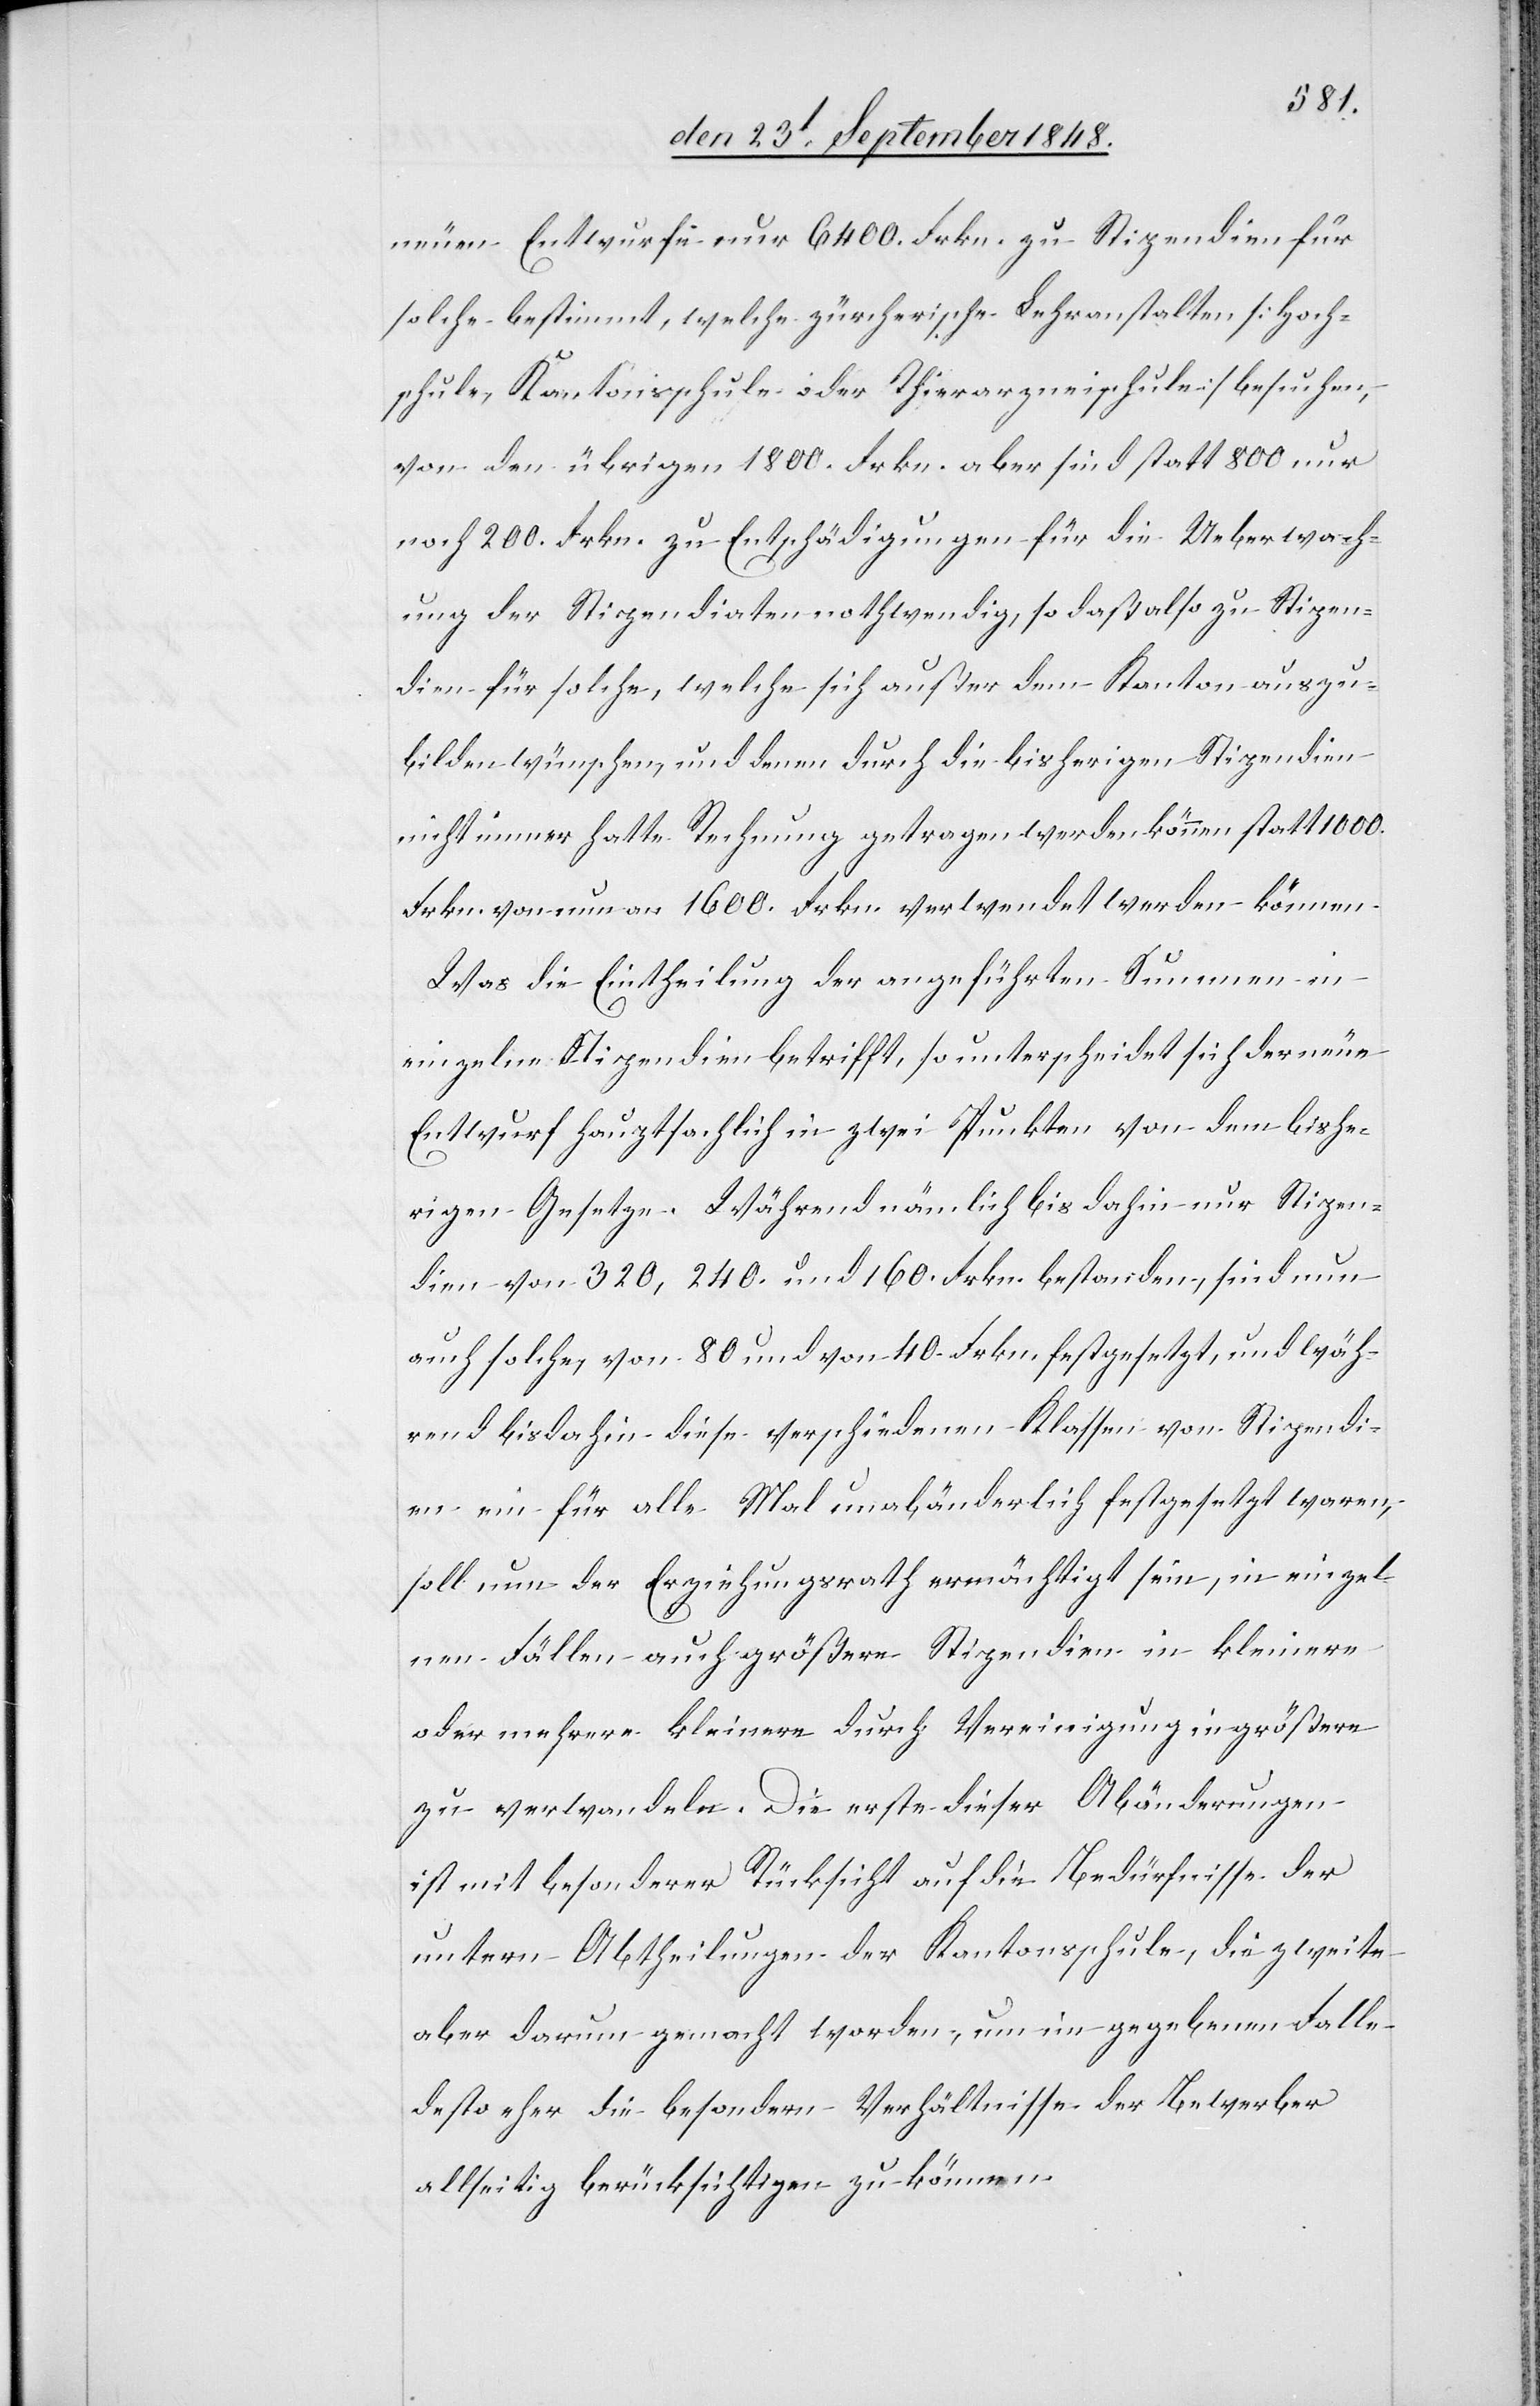
neuen Entwurfe nur 6400. Frkn. zu Stipendien für
solche bestimmt, welche zürcherische Lehranstalten [Hoch¬
schule, Kantonsschule oder Thierarzneischule] besuchen,
von den übrigen 1800. Frkn. aber sind statt 800 nur
noch 200. Frkn. zu Entschädigungen für die Ueberwach¬
ung der Stipendiaten nothwendig, so daß also zu Stipen¬
dien für solche, welche sich außer dem Kanton auszu¬
bilden wünschen, und denen durch die bisherigen Stipendien
nicht immer hatte Rechnung getragen werden können, statt 1000.
Frkn. von nun an 1600. Frkn. verwendet werden können.
Was die Eintheilung der angeführten Summen in
einzelne Stipendien betrifft, so unterscheidet sich der neue
Entwurf hauptsachlich in zwei Punkten von dem bishe¬
rigen Gesetze. Während nämlich bis dahin nur Stipen¬
dien von 320., 240. und 160. Frkn. bestanden, sind nun
auch solche, von 80 und von 40. Frkn. festgesetzt, und wäh¬
rend bisdahin diese verschiedenen Klassen von Stipendi¬
en ein für alle Mal unabänderlich festgesetzt waren,
soll nun der Erziehungsrath ermächtigt sein, in einzel¬
nen Fällen auch größere Stipendien in kleinere
oder mehrere kleinere durch Vereinigung in größere
zu verwandeln. Die erste dieser Abänderungen
ist mit besonderer Rücksicht auf die Bedürfnisse der
untern Abtheilungen der Kantonsschule, die zweite
aber darum gemacht worden, um im gegebenen Falle
desto eher die besondern Verhältnisse der Bewerber
allseitig berücksichtigen zu können.